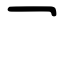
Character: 乛